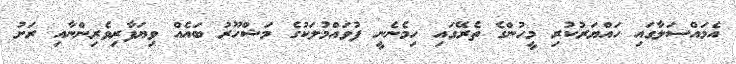
އެމައްސަލާގައި ހައްޔަރުކުރި މީހުންގެ ތެރޭގައި ހިމެނެނީ ފުވައްމުލަކުގެ މަޝްހޫރު ބައެއް ވިޔަފާރިވެރިންނާއި ރަށު